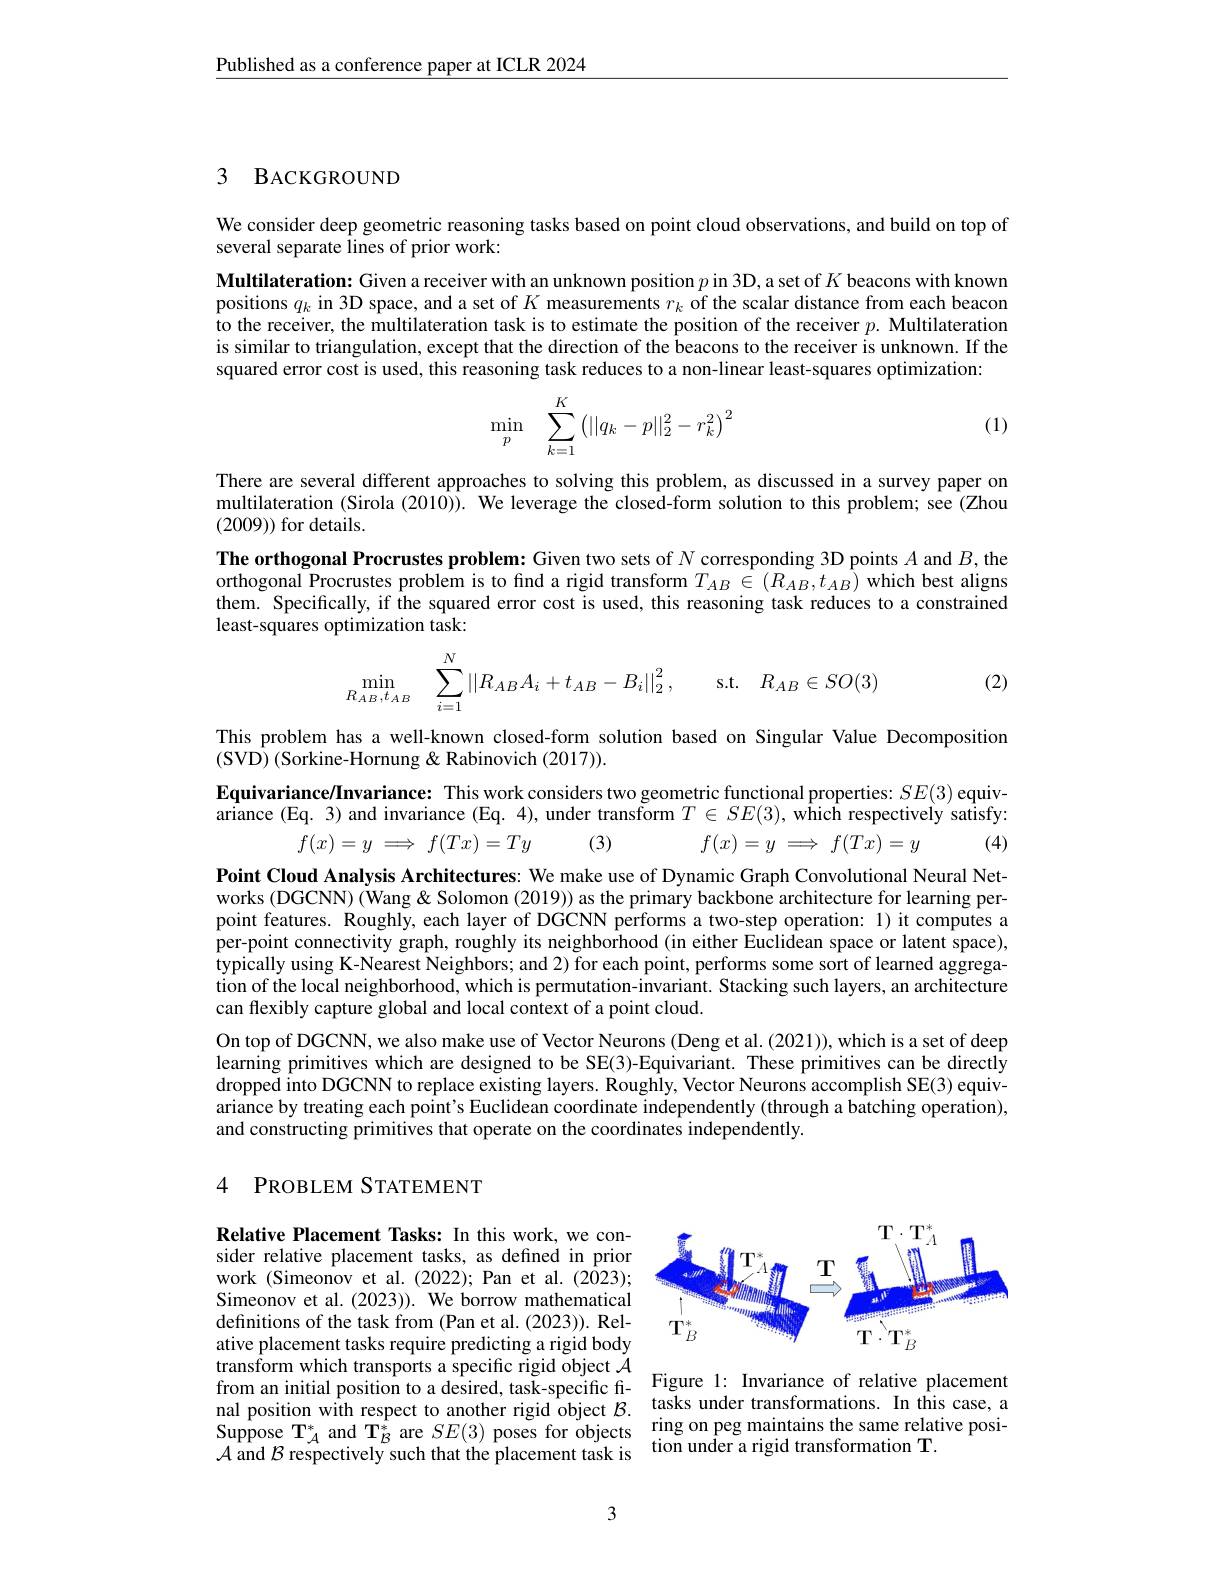
Published as a conference paper at ICLR 2024

## 3 BACKGROUND

We consider deep geometric reasoning tasks based on point cloud observations, and build on top of
several separate lines of prior work:

Multilateration: Given a receiver with an unknown position $p$ in 3D, a set of $K$ beacons with known positions $q_k$ in 3D space, and a set of $K$ measurements $r_k$ of the scalar distance from each beacon to the receiver, the multilateration task is to estimate the position of the receiver $p.$ Multilateration is similar to triangulation, except that the direction of the beacons to the receiver is unknown. If the squared error cost is used, this reasoning task reduces to a non-linear least-squares optimization:
$$\min_p\quad\displaystyle\sum_{k=1}^K\left(||q_k-p||_2^2-r_k^2\right)^2$$
(1)

There are several different approaches to solving this problem, as discussed in a survey paper on multilateration (Sirola (2010)). We leverage the closed-form solution to this problem; see (Zhou (2009)) for details.
The orthogonal Procrustes problem: Given two sets of $N$ corresponding 3D points $A$ and $B$,the orthogonal Procrustes problem is to find a rigid transform $T_{AB}\in(R_{AB},t_{AB})$ which best aligns them. Specifically, if the squared error cost is used, this reasoning task reduces to a constrained least-squares optimization task:

(2)
$$\min\limits_{R_{AB},t_{AB}}\quad\sum\limits_{i=1}^N\left|\left|R_{AB}A_i+t_{AB}-B_i\right|\right|_2^2,\quad\mathrm{s.t.}\quad R_{AB}\in SO(3)$$
This problem has a well-known closed-form solution based on Singular Value Decomposition
(SVD) (Sorkine-Hornung & Rabinovich (2017)).
$\textbf{Equivariance/ Invariance: This work considers two geometric functional properties: }SE( 3)$ equivariance (Eq. 3) and invariance (Eq. 4), under transform $T\in SE( 3) $,whichrespectivelysatisfy:
$$f(x)=y\implies f(Tx)=Ty$$
(3)
(4)

$f(x)=y\implies f(Tx)=y$

Point Cloud Analysis Architectures: We make use of Dynamic Graph Convolutional Neural Networks (DGCNN) (Wang & Solomon (2019)) as the primary backbone architecture for learning perpoint features. Roughly, each layer of DGCNN performs a two-step operation: 1) it computes a per-point connectivity graph, roughly its neighborhood (in either Euclidean space or latent space), typically using K-Nearest Neighbors; and 2) for each point, performs some sort of learned aggregation of the local neighborhood, which is permutation-invariant. Stacking such layers, an architecture can flexibly capture global and local context of a point cloud.

On top of DGCNN, we also make use of Vector Neurons (Deng et al. (2021)), which is a set of deep learning primitives which are designed to be SE(3)-Equivariant. These primitives can be directly dropped into DGCNN to replace existing layers. Roughly, Vector Neurons accomplish SE(3) equivariance by treating each point's Euclidean coordinate independently (through a batching operation), and constructing primitives that operate on the coordinates independently.

### 4 PROBLEM STATEMENT

<FigureHere>

Relative Placement Tasks: In this work, we consider relative placement tasks, as defined in prior work (Simeonov et al. (2022); Pan et al. (2023); Simeonov et al. (2023)). We borrow mathematical definitions of the task from (Pan et al. (2023)). Relative placement tasks require predicting a rigid body transform which transports a specific rigid object $\mathcal{A}$ from an initial position to a desired, task-specific fi- Figure 1: Invariance of relative placement nal position with respect to another rigid object $\mathcal{B} .$ tasks under transformations. In this case, a Suppose T$_{A}^{*}$ and T$_B^{*}$ are $SE(3)$ poses for objects ring on peg maintains the same relative posi-$A$ and $\mathcal{B}$ respectivelv such that the placement task is tion under a rigid transformation T. ${\mathcal{A}}$ and $\mathcal{B}$ respectively such that the placement task is

3